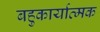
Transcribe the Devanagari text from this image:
बहुकार्यात्‍मक